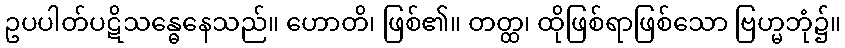
ဥပပါတ်ပဋိသန္ဓေနေသည်။ ဟောတိ၊ ဖြစ်၏။ တတ္ထ၊ ထိုဖြစ်ရာဖြစ်သော ဗြဟ္မဘုံ၌။